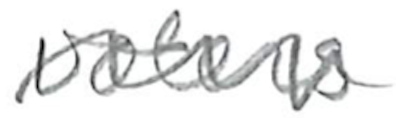
Text: voters
Cross-out: wave
Writing tool: pencil